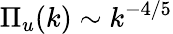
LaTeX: \Pi_{u}(k)\sim k^{-4/5}